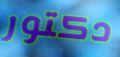
دكتور